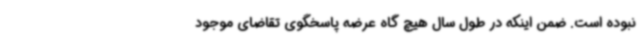
نبوده است. ضمن اینکه در طول سال هیچ گاه عرضه پاسخگوی تقاضای موجود